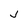
Character: J